Vaccination North-Western Provinces 1866-1877 - 1866-1877
Year: 1866
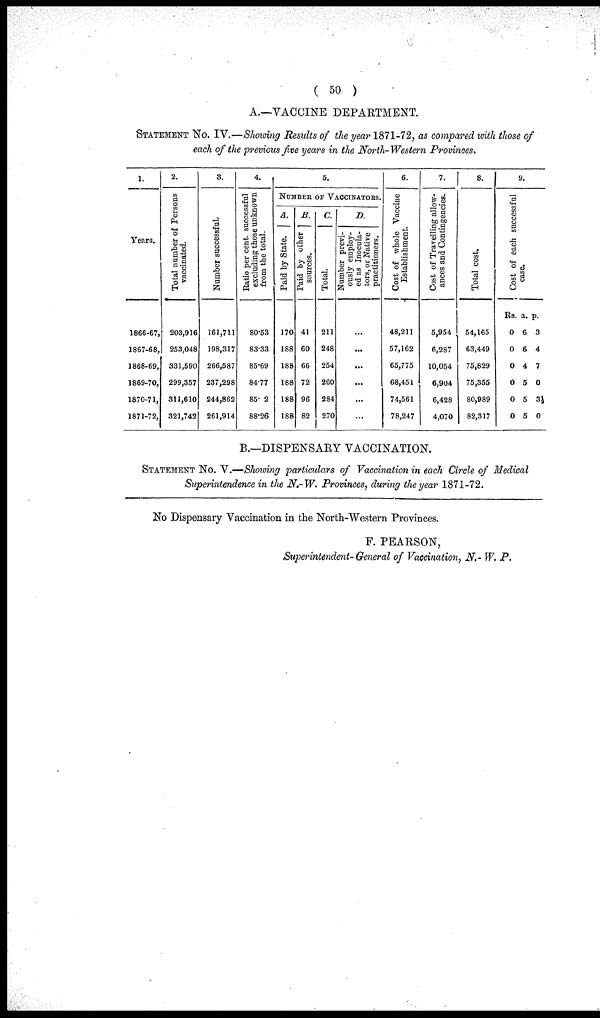
( 50 )
A.—VACCINE DEPARTMENT.
STATEMENT No. IV.—Showing Results of the year 1871-72, as compared with those of
each of the previous five years in the North- Western Provinces.
1.
Years.
1866-67,
1867-68,
1868-69,
1869-70,
1870-71,
1871-72,
2.
Total number of Persons
vaccinated.
203,916
253,048
331,590
299,357
311,610
321,742
3.
Number successful.
161,711
198,317
266,587
237,298
244,862
261,914
4.
Ratio per cent. successful
excluding those unknown
from the total.
80.53
83.33
85.69
84.77
85.2
88.26
5.
NUMBER OF VACCINATORS.
A.
Paid by State.
170
188
188
188
188
188
B.
Paid by other
sources.
41
60
66
72
96
82
C.
Total.
211
248
254
260
284
270
D.
Number previ-
ously employ-
ed as Inocula¬
tors, or Native
practitioners.
...
...
...
...
...
...
6.
Cost of whole Vaccine
Establishment.
48,211
57,162
65,775
68,451
74,561
78,247
7.
Cost of Travelling allow-
ances and Contingencies.
5,954
6,287
10,054
6,904
6,428
4,070
8.
Total cost.
54,165
63,449
75,829
75,355
80,989
82,317
9.
Cost of each successful
case.
Rs.
0
0
0
0
0
0
a.
6
6
4
5
5
5
p.
3
4
7
0
3½
0
B.—DISPENSARY VACCINATION.
STATEMENT No. V.—Showing particulars of Vaccination in each Circle of Medical
Superintendence in the N.-W. Provinces, during the year 1871-72.
No Dispensary Vaccination in the North-Western Provinces.
F. PEARSON,
Superintendent-General of Vaccination, N.- W. P.